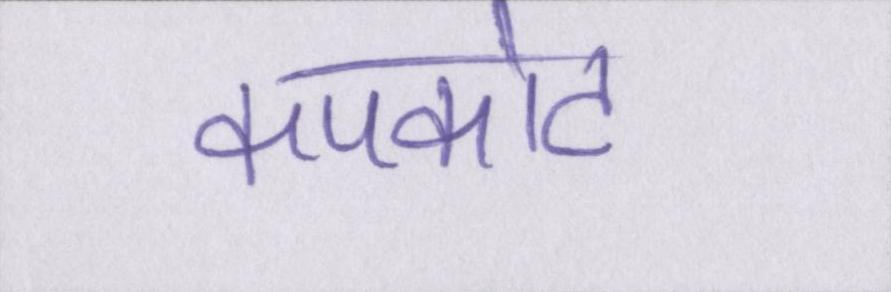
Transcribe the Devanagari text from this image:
कपकोट